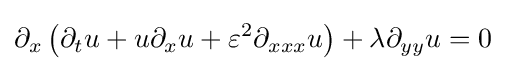
\displaystyle \partial _{x}\left(\partial _{t}u+u\partial _{x}u+\varepsilon ^{2}\partial _{xxx}u\right)+\lambda \partial _{yy}u=0